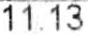
11.13